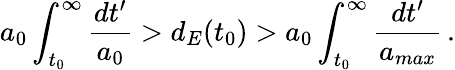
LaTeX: a_{0}\int_{t_{0}}^{\infty}\frac{dt^{\prime}}{a_{0}}>d_{E}(t_{0})>a_{0}\int_{t_{0}}^{\infty}\frac{dt^{\prime}}{a_{max}}\, .